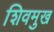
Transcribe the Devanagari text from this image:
शिवमुख